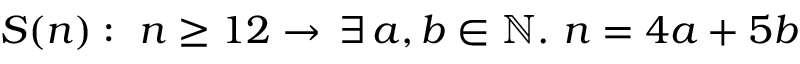
S ( n ) : \, \, n \geq 1 2 \to \, \exists \, a , b \in \mathbb { N } . \, \, n = 4 a + 5 b